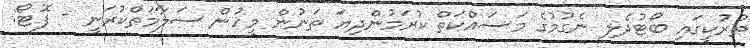
ތުރުކީގައި ބޯޓުދެލި ނެގުމުގެ މަސައްކަތް ކުރަމުންދިޔަ ތަނުން މީހުން ސަލާމަތްކުރަނީ - ފޮޓޯ: